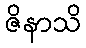
ဇိနာသိ